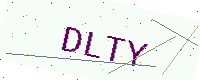
Text: DLTY